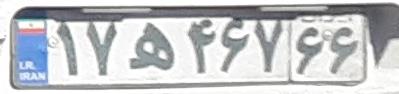
۱۷ه۴۶۷۶۶